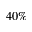
4 0 \%